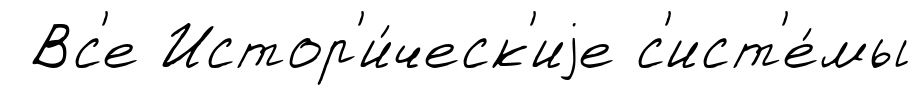
Вс'е Истор'и́ческ'иjе с'ист'е́мы